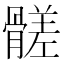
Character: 髊